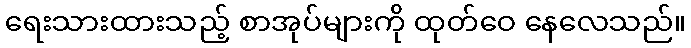
ရေးသားထားသည့် စာအုပ်များကို ထုတ်ဝေ နေလေသည်။